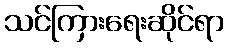
သင်ကြားရေးဆိုင်ရာ